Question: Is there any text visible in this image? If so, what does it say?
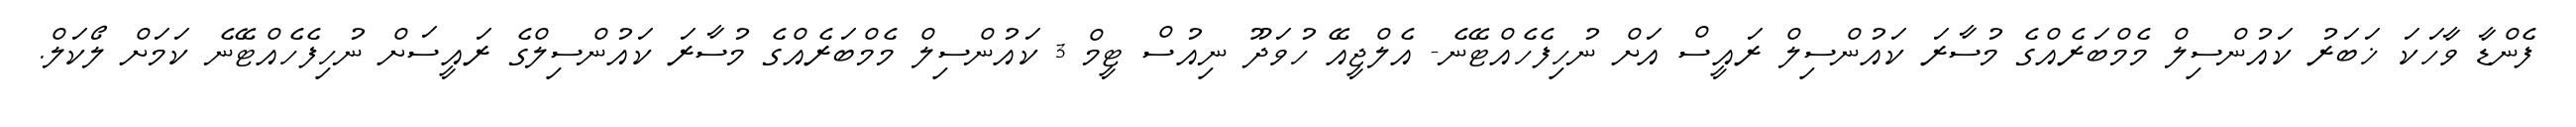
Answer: ފެންޑާ ވާހަކަ ޚަބަރު ކައުންސިލް މެމްބަރެއްގެ މުސާރަ ކައުންސިލް ރައީސް އަށް ނުހިފެހެއްޓޭނެ- އެލްޖީއޭ ހުވަދޫ ނިއުސް ޓީމް 3 ކައުންސިލް މެމްބަރެއްގެ މުސާރަ ކައުންސިލްގެ ރައީސަށް ނުހިފެހެއްޓޭނެ ކަމަށް ލޯކަލް.